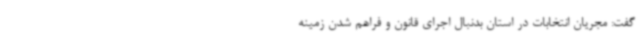
گفت: مجریان انتخابات در استان بدنبال اجرای قانون و فراهم شدن زمینه